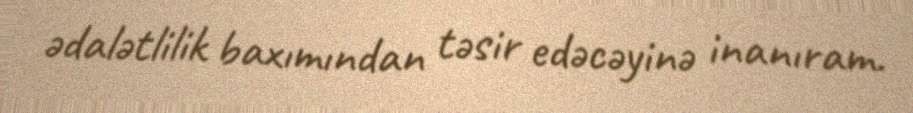
ədalətlilik baxımından təsir edəcəyinə inanıram.